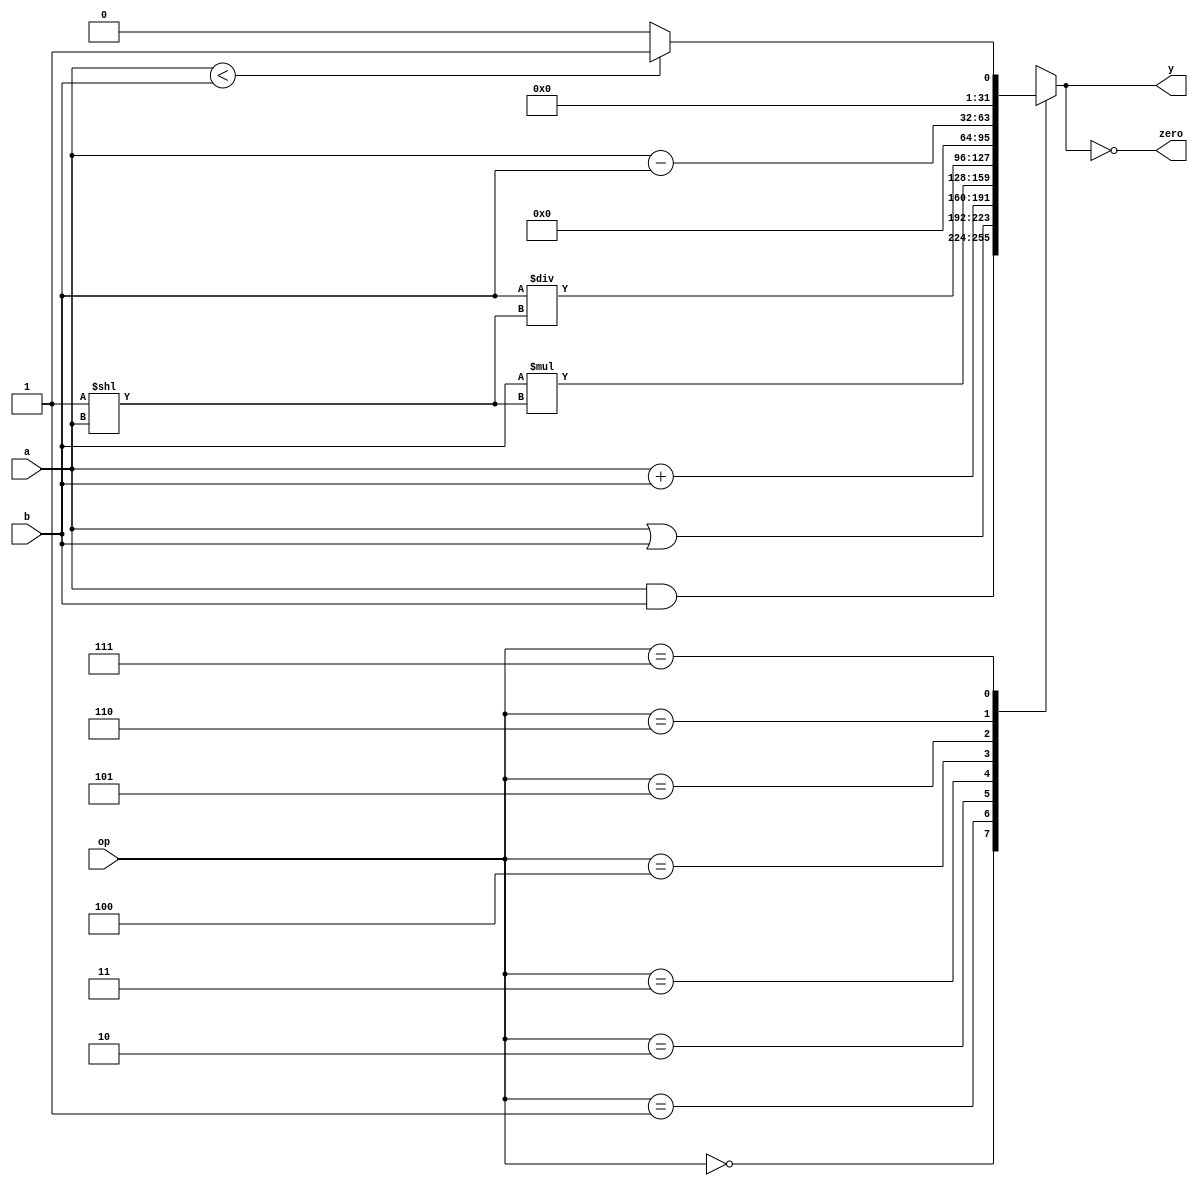
module alu (
        input  wire [2:0]  op,
        input  wire [31:0] a,
        input  wire [31:0] b,
        output wire        zero,
        output reg  [31:0] y
    );

    assign zero = (y == 0);

    always @ (op, a, b) begin
        case (op)
            3'b000: y = a & b;
            3'b001: y = a | b;
            3'b010: y = a + b;
            3'b011: y = b * (2**a); // SLL
            3'b100: y = b / (2**a); // SRL
            3'b101: y = 0; // mul, data written to rd=0 is zero
            3'b110: y = a - b;
            3'b111: y = (a < b) ? 1 : 0;
        endcase
    end

endmodule